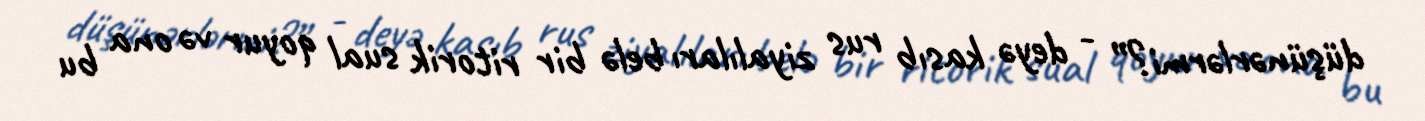
düşünərlərmi?” - deyə kasıb rus ziyalıları belə bir ritorik sual qoyur və ona bu